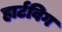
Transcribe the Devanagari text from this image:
हार्टविग